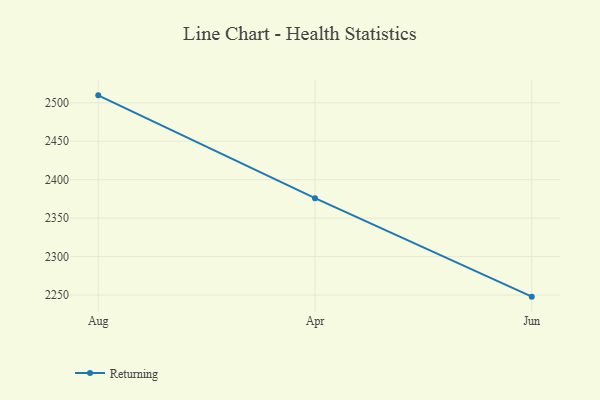
{"axis": {"x": "Month", "y": "Customer Acquisition Cost (USD)"}, "legend": ["Returning"], "data": [{"x": "Aug", "y": 2509.7, "type": "Returning"}, {"x": "Apr", "y": 2376.0, "type": "Returning"}, {"x": "Jun", "y": 2247.9, "type": "Returning"}]}